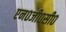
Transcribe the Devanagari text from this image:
एन०जी०सी०